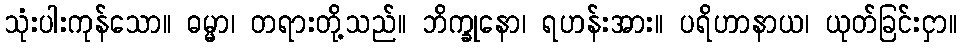
သုံးပါးကုန်သော။ ဓမ္မာ၊ တရားတို့သည်။ ဘိက္ခုနော၊ ရဟန်းအား။ ပရိဟာနာယ၊ ယုတ်ခြင်းငှာ။